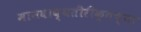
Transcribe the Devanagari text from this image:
मानवाव्यतीरीक्तच्या